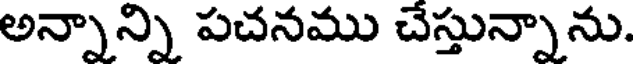
అన్నాన్ని పచనము చేస్తున్నాను.